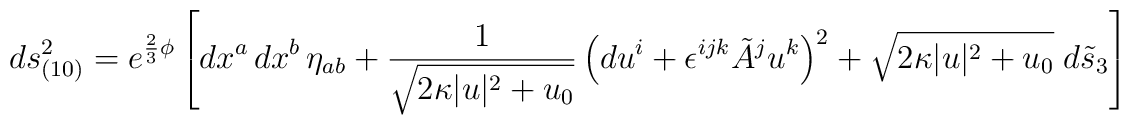
ds^2_{(10)}=e^{\frac23 \phi}\left[dx^a \, dx^b \,\eta_{ab}+ {1 \over\sqrt{2 \kappa |u|^2 + u_0}}\left(du^i + \epsilon^{ijk} \tilde{A}^ju^k\right)^2 + \sqrt{2 \kappa |u|^2 + u_0} \;d\tilde{s}_3\right]